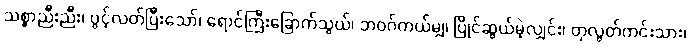
သစ္စာညီးညီး၊ ပွင့်လတ်ပြီးသော်၊ ရောင်ကြီးခြောက်သွယ်၊ ဘဝဂ်ကယ်မျှ၊ ပြိုင်ဆွယ်မဲ့လျှင်း၊ တုလွတ်ကင်းသား၊